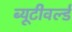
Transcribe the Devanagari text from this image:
ब्यूटीवर्ल्ड